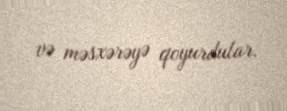
və məsxərəyə qoyurdular.